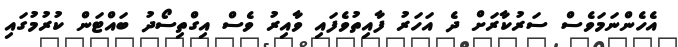
އެހެންނަމަވެސް ސަރުކާރަށް ދެ އަހަރު ފާއިތުވެފައި ވާއިރު ވެސް އިގްތިސޯދު ބައްޓަން ކުރުމުގައި